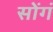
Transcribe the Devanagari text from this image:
सोंगं